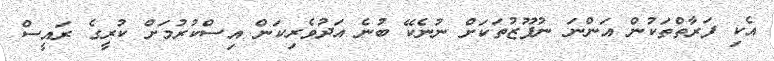
އެކި ފަރާތްތަކުން އަންނަ ނުފޫޒުތަކަށް ނުނެކޭ ބުނެ އަދުވެރިކަން އިސްކުރުމަށް ކުރީގެ ރައީސް